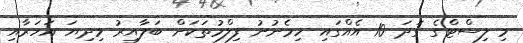
މި ލިސްޓްގެ ގަދަ 10 އެއްގައި ހިމެނުނު ފިލްމުތަކަށް ބަލާއިރު މިދިޔަ އަހަރާއި